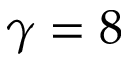
\gamma = 8